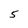
Character: 5